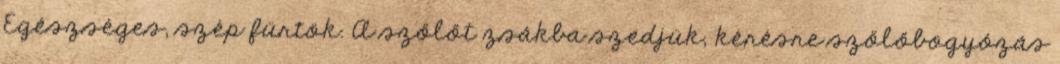
Egészséges, szép fürtök. A szőlőt zsákba szedjük, kérésre szőlőbogyózás